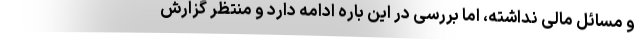
و مسائل مالی نداشته، اما بررسی در این باره ادامه دارد و منتظر گزارش